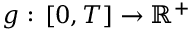
g : \, [ 0 , T ] \to \mathbb { R } ^ { + }